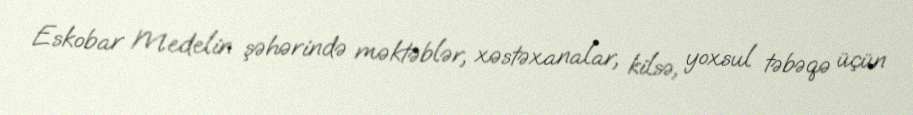
Eskobar Medelin şəhərində məktəblər, xəstəxanalar, kilsə, yoxsul təbəqə üçün